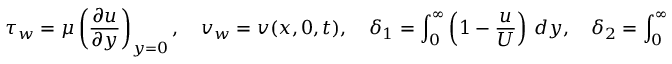
\tau _ { w } = \mu \left( { \frac { \partial u } { \partial y } } \right) _ { y = 0 } , \quad v _ { w } = v ( x , 0 , t ) , \quad \delta _ { 1 } = \int _ { 0 } ^ { \infty } \left( 1 - { \frac { u } { U } } \right) \, d y , \quad \delta _ { 2 } = \int _ { 0 } ^ { \infty } { \frac { u } { U } } \left( 1 - { \frac { u } { U } } \right) \, d y